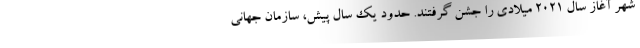
شهر آغاز سال ۲۰۲۱ میلادی را جشن گرفتند. حدود یک سال پیش، سازمان جهانی